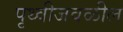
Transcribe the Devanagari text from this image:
पृथ्वीजवळील